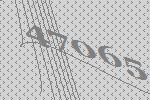
47065